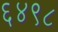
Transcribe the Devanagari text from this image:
६४९८